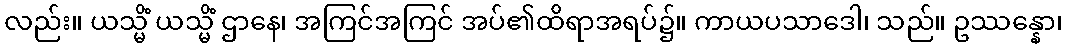
လည်း။ ယသ္မိံ ယသ္မိံ ဌာနေ၊ အကြင်အကြင် အပ်၏ထိရာအရပ်၌။ ကာယပသာဒေါ၊ သည်။ ဥဿန္နော၊